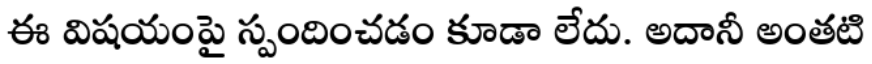
ఈ విషయంపై స్పందించడం కూడా లేదు. అదానీ అంతటి